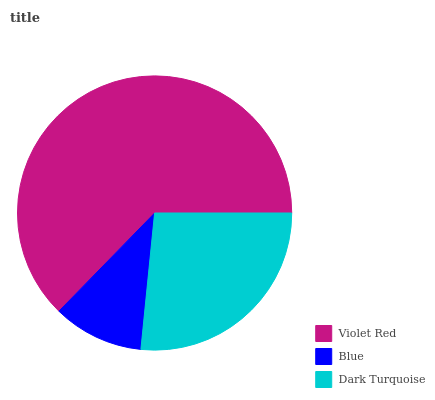
| Violet Red | Blue | Dark Turquoise |
 | --- | --- | --- |
 | 62.7% | 10.7% | 26.6% |